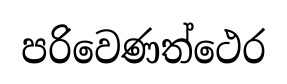
පරිවෙණත්ථෙර